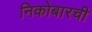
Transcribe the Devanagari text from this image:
निकोबारची